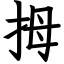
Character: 拇